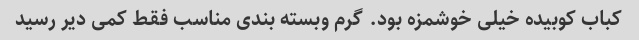
کباب کوبیده خیلی خوشمزه بود. گرم وبسته بندی مناسب فقط کمی دیر رسید